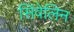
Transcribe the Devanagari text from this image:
सिंवेलिन